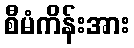
စီမံကိန်းအား